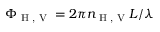
\Phi _ { \textrm { H , V } } = 2 \pi n _ { \textrm { H , V } } L / \lambda